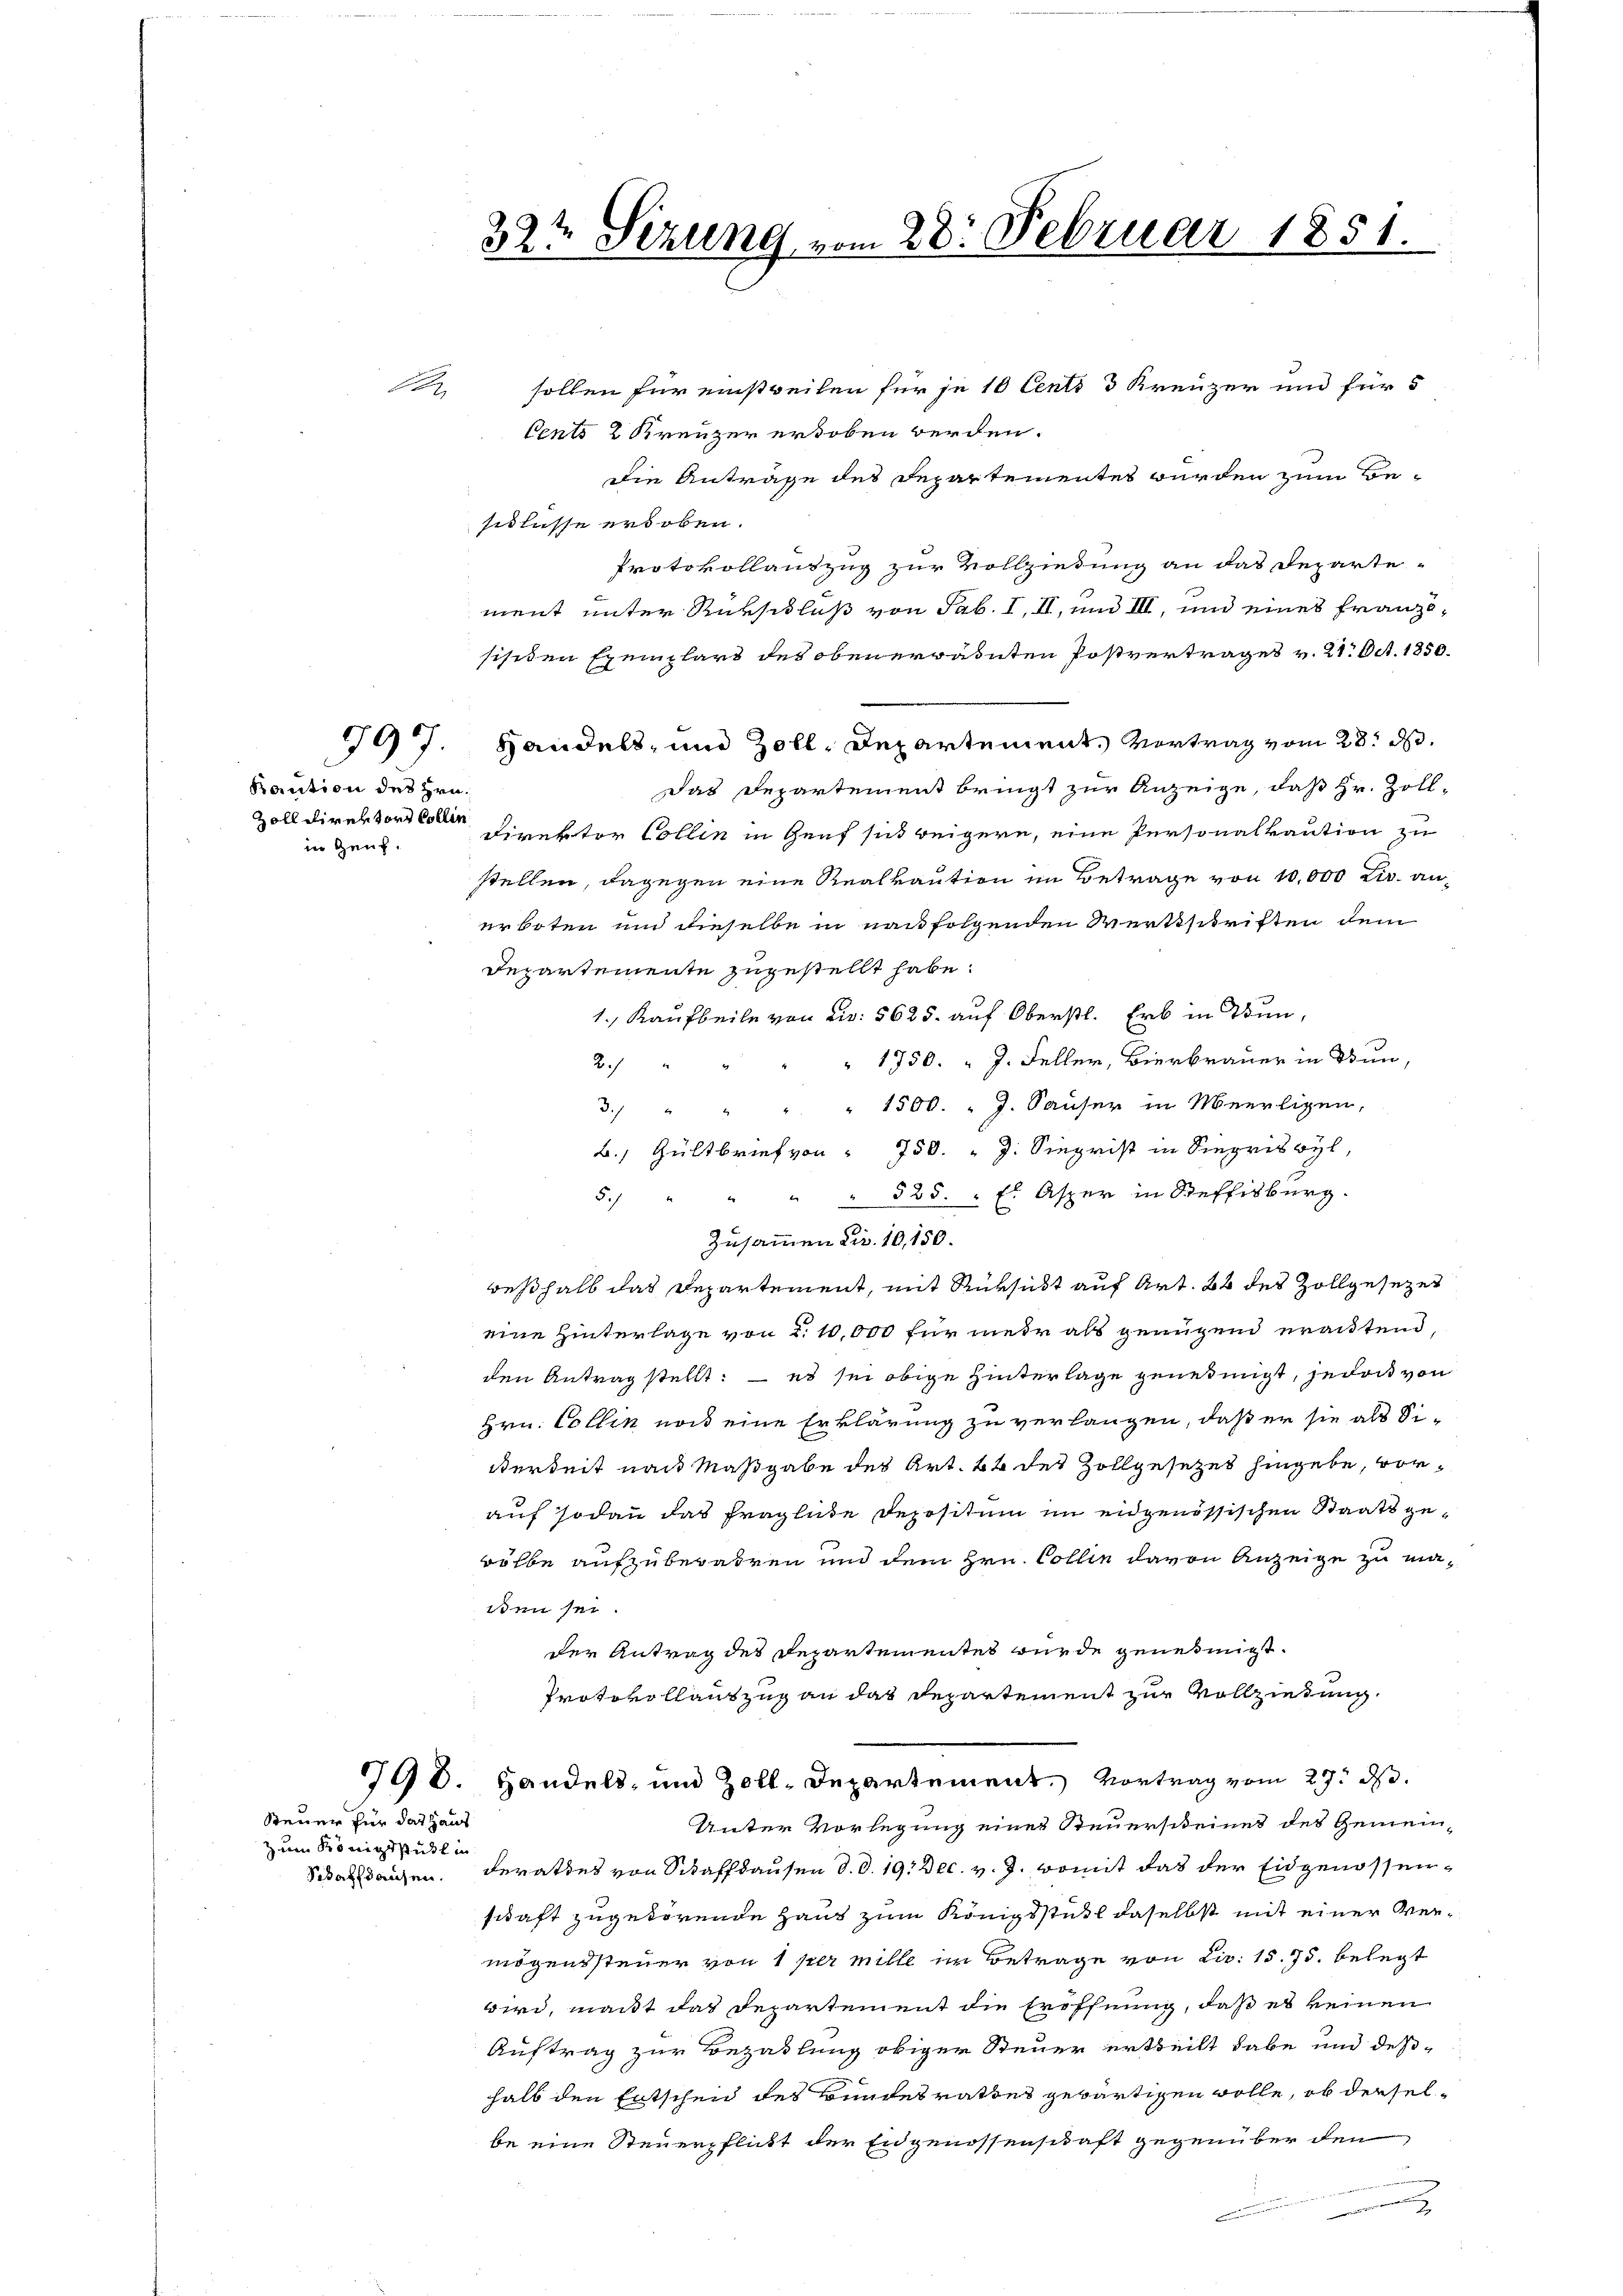
Kaution des Hrn.
Zoll Direktors Collen
in Zeug¬

Steuer für das Haus
zum Königsstuhl in

32te Sezung vom 28. Februar 1851.

sollen für einstweilen für je 10 Centi 3 Kreuzer und für 5
Cents 2 Kreuzer erhoben werden.
Die Anträge des Departementes wurden zum Besiclasse erhoben.
Protokollauszug zur Vollziehung an das Departement unter Rükschluß von Sab. I, II, und III, und eines Französisiden Exemplars des obenerwähnten Postvertrages v. 21. Oct. 1850.
797. Handels- und Zoll, Departement. Vortrag vom 28t d.
Das Departement bringt zur Anzeige, daß Hr. Zoll-
Direktor Collin in Genf sind weigere, eine Personalkaution zu
stellen, dagegen eine Realkaution im Betrage von 10,000 Fr. anerboten und dieselbe in nachfolgenden Wertschriften dem
Departemente zugestellt habe.
1., Kaufbeile von Fr. 5625. auf Oberstl. Erb in Thun,
" 1750. " J. Feller, Bierbrauer in Dun,
ch
" 1500. " J. Sauser in Meerligen,
3
B., Gültbrief von 750. " J. Siegrist in Siegriswyl,
5. " " " " 525. " Es Asper in Steffisburg.
Zusammen Fr. 10,150.
beßhalb das Departement, mit Rüksicht auf Art. 22 des Zollgesezes
eine Hinterlage von d. 10,000 für mehr als genügend urautend,
den Antrag stellt; — es sei obige Hinterlage genehmigt, jedoch von
Hrn. Collen nach eine Erklärung zu verlangen, daß er sie als Siderkeit nach Maßgabe des Art. 64 des Zollgesetzes hingebe, vorauf sodann das fragliche Depositum im eidgenössischen Staatsgewölbe aufzubewahren und dem Hrn. Collen davon Anzeige zu masen sei.
der Antrag des Departementes wurde genehmigt.
Protokollauszug an das Departement zur Vollziehung
798. Handels- und Zoll-Departement, Vortrag vom 29. ds.
Unter Vorlegung einer Steuersteines des Gemein¬
Schafstanzen. Berathes von Schaffhausen d. d. 19. Dec. v. J. womit das der Eidgenossenschaft zugehörende Haus zum Königsstul daselbst mit einer Vermögenssteuer von 1 per mille im Betrage von Liv. 15. 75. belegt
wird, mant das Departement die Eröffnung, daß es keinen
Auftrag zur Bezahlung obiger Steuer ertheilt habe und deß-
halb den Entschen des Bundesrathes gewärtigen wolle, ob derselbe eine Steuerpflickt der Engenossenschaft gegenüber den
,